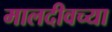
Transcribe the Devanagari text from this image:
मालदीवच्या